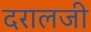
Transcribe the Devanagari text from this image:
दरालजी